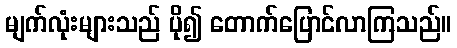
မျက်လုံးများသည် ပို၍ တောက်ပြောင်လာကြသည်။